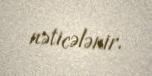
nəticələnir.